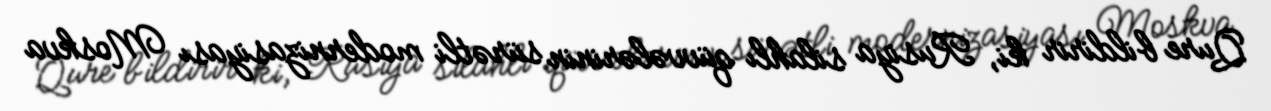
Qure bildirir ki, Rusiya silahlı qüvvələrinin sürətli modernizasiyası Moskva